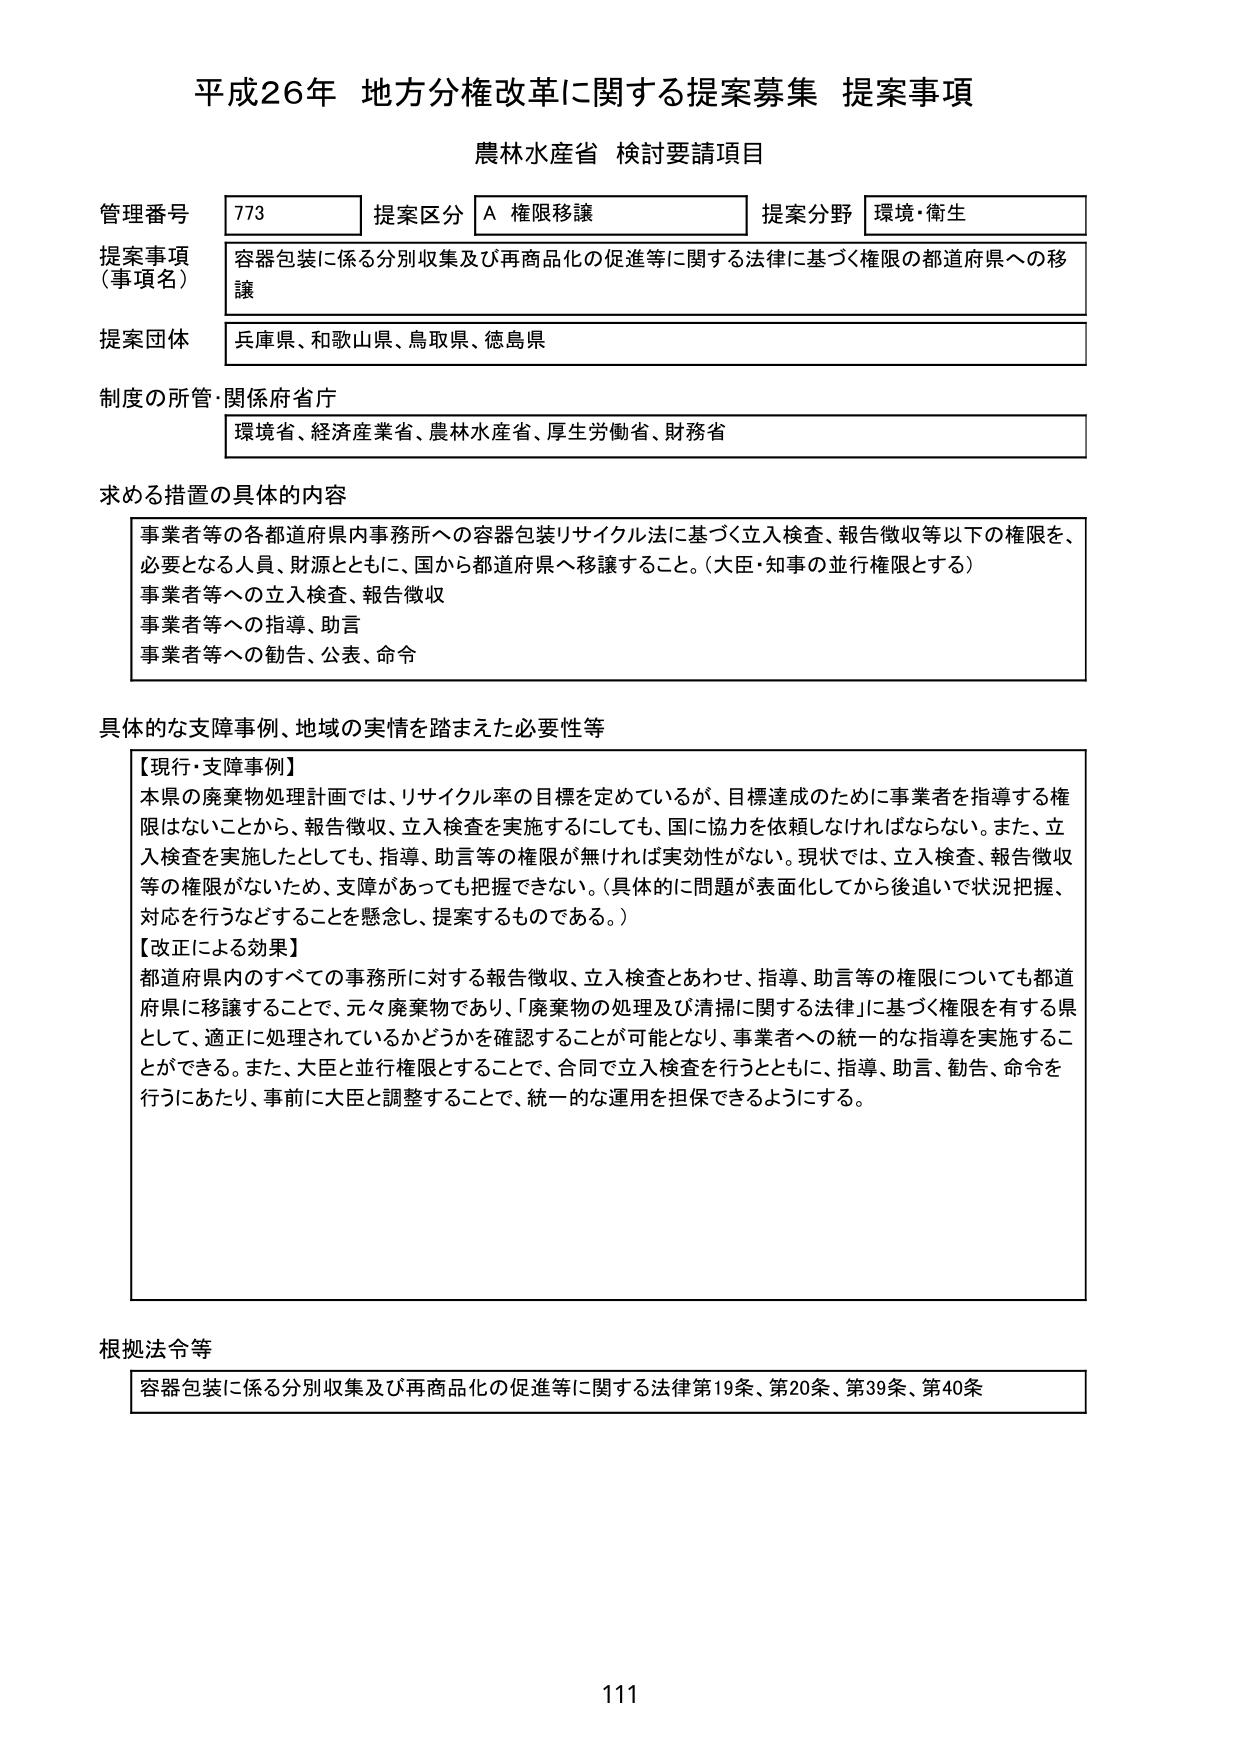
平成26年 地方分権改革に関する提案募集 提案事項
農林水産省 検討要請項目

管理番号 773
提案区分 A 権限移譲
提案分野 環境・衛生

提案事項（事項名）
容器包装に係る分別収集及び再商品化の促進等に関する法律に基づく権限の都道府県への移譲

提案団体
兵庫県、和歌山県、鳥取県、徳島県

制度の所管・関係府省庁
環境省、経済産業省、農林水産省、厚生労働省、財務省

求める措置の具体的内容
事業者等の各都道府県内事務所への容器包装リサイクル法に基づく立入検査、報告徴収等以下の権限を、必要となる人員、財源とともに、国から都道府県へ移譲すること。（大臣・知事の並行権限とする）
事業者等への立入検査、報告徴収
事業者等への指導、助言
事業者等への勧告、公表、命令

具体的な支障事例、地域の実情を踏まえた必要性等
【現行・支障事例】
本県の廃棄物処理計画では、リサイクル率の目標を定めているが、目標達成のために事業者を指導する権限はないことから、報告徴収、立入検査を実施するにしても、国に協力を依頼しなければならない。また、立入検査を実施したとしても、指導、助言等の権限が無ければ実効性がない。現状では、立入検査、報告徴収等の権限がないため、支障があっても把握できない。（具体的に問題が表面化してから後追いで状況把握、対応を行うなどすることを懸念し、提案するものである。）
【改正による効果】
都道府県内のすべての事務所に対する報告徴収、立入検査とあわせ、指導、助言等の権限についても都道府県に移譲することで、元々廃棄物であり、「廃棄物の処理及び清掃に関する法律」に基づく権限を有する県として、適正に処理されているかどうかを確認することが可能となり、事業者への統一的な指導を実施することができる。また、大臣と並行権限とすることで、合同で立入検査を行うとともに、指導、助言、勧告、命令を行うにあたり、事前に大臣と調整することで、統一的な運用を担保できるようにする。

根拠法令等
容器包装に係る分別収集及び再商品化の促進等に関する法律第19条、第20条、第39条、第40条

111